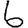
Digit: 6